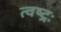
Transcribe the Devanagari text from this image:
त्वष्ट्रः